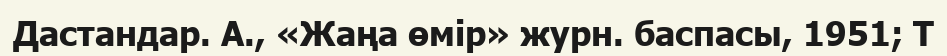
Дастандар. А., «Жаңа өмір» журн. баспасы, 1951; Т